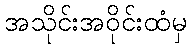
အသိုင်းအဝိုင်းထံမှ